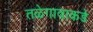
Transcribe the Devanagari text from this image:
तळेगावाकडे